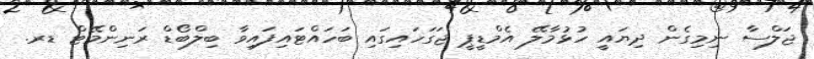
ޖަލްސާ ނިމިގެން ދިޔައީ ހުޅުމާލޭ އެމްޑީޕީ ޖަގަހައިގައި ބަހައްޓައިފައިވާ ބިލްބޯޑް ރަނިންމޭޓް ޑރ.